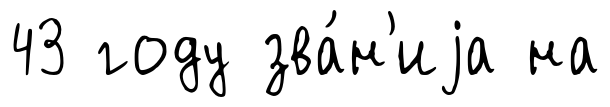
43 году зва́н'иjа на